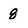
Character: 8